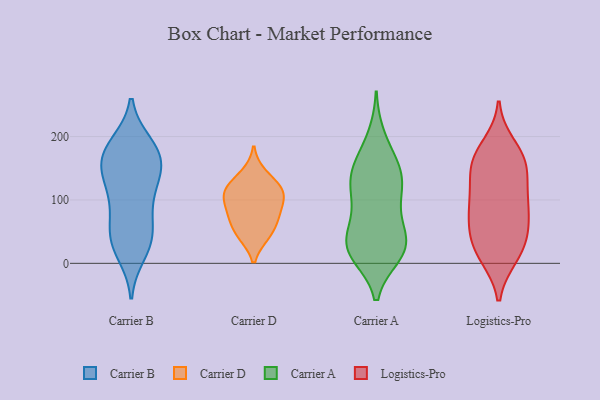
{"axis": {"x": "Tickets Resolved", "y": "Value"}, "legend": ["Carrier A", "Carrier B", "Carrier D", "Logistics-Pro"], "data": [{"x": "", "y": 68, "type": "Carrier B"}, {"x": "", "y": 159, "type": "Carrier B"}, {"x": "", "y": 164, "type": "Carrier B"}, {"x": "", "y": 173, "type": "Carrier B"}, {"x": "", "y": 28, "type": "Carrier B"}, {"x": "", "y": 87, "type": "Carrier B"}, {"x": "", "y": 187, "type": "Carrier B"}, {"x": "", "y": 188, "type": "Carrier B"}, {"x": "", "y": 149, "type": "Carrier B"}, {"x": "", "y": 178, "type": "Carrier B"}, {"x": "", "y": 43, "type": "Carrier B"}, {"x": "", "y": 145, "type": "Carrier B"}, {"x": "", "y": 113, "type": "Carrier B"}, {"x": "", "y": 16, "type": "Carrier B"}, {"x": "", "y": 110, "type": "Carrier B"}, {"x": "", "y": 47, "type": "Carrier B"}, {"x": "", "y": 34, "type": "Carrier B"}, {"x": "", "y": 134, "type": "Carrier B"}, {"x": "", "y": 110, "type": "Carrier D"}, {"x": "", "y": 45, "type": "Carrier D"}, {"x": "", "y": 69, "type": "Carrier D"}, {"x": "", "y": 84, "type": "Carrier D"}, {"x": "", "y": 119, "type": "Carrier D"}, {"x": "", "y": 78, "type": "Carrier D"}, {"x": "", "y": 115, "type": "Carrier D"}, {"x": "", "y": 107, "type": "Carrier D"}, {"x": "", "y": 141, "type": "Carrier D"}, {"x": "", "y": 45, "type": "Carrier D"}, {"x": "", "y": 130, "type": "Carrier A"}, {"x": "", "y": 28, "type": "Carrier A"}, {"x": "", "y": 95, "type": "Carrier A"}, {"x": "", "y": 39, "type": "Carrier A"}, {"x": "", "y": 148, "type": "Carrier A"}, {"x": "", "y": 14, "type": "Carrier A"}, {"x": "", "y": 199, "type": "Carrier A"}, {"x": "", "y": 44, "type": "Carrier A"}, {"x": "", "y": 23, "type": "Carrier A"}, {"x": "", "y": 171, "type": "Carrier A"}, {"x": "", "y": 138, "type": "Carrier A"}, {"x": "", "y": 136, "type": "Carrier A"}, {"x": "", "y": 19, "type": "Carrier A"}, {"x": "", "y": 136, "type": "Carrier A"}, {"x": "", "y": 80, "type": "Carrier A"}, {"x": "", "y": 97, "type": "Carrier A"}, {"x": "", "y": 16, "type": "Carrier A"}, {"x": "", "y": 34, "type": "Carrier A"}, {"x": "", "y": 40, "type": "Logistics-Pro"}, {"x": "", "y": 101, "type": "Logistics-Pro"}, {"x": "", "y": 83, "type": "Logistics-Pro"}, {"x": "", "y": 40, "type": "Logistics-Pro"}, {"x": "", "y": 162, "type": "Logistics-Pro"}, {"x": "", "y": 13, "type": "Logistics-Pro"}, {"x": "", "y": 57, "type": "Logistics-Pro"}, {"x": "", "y": 91, "type": "Logistics-Pro"}, {"x": "", "y": 64, "type": "Logistics-Pro"}, {"x": "", "y": 16, "type": "Logistics-Pro"}, {"x": "", "y": 139, "type": "Logistics-Pro"}, {"x": "", "y": 159, "type": "Logistics-Pro"}, {"x": "", "y": 11, "type": "Logistics-Pro"}, {"x": "", "y": 186, "type": "Logistics-Pro"}, {"x": "", "y": 164, "type": "Logistics-Pro"}, {"x": "", "y": 126, "type": "Logistics-Pro"}, {"x": "", "y": 98, "type": "Logistics-Pro"}, {"x": "", "y": 165, "type": "Logistics-Pro"}]}